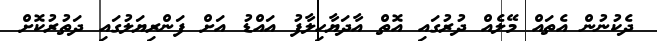
ދެކުނުން އެތައް މޭލެއް ދުރުގައި އޮތް އާދަޔާހިލާފު އައްޑު އަށް ފަންރިޔަލުގައި ދަތުރުކޮށް